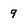
Character: 9